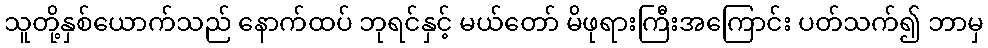
သူတို့နှစ်ယောက်သည် နောက်ထပ် ဘုရင်နှင့် မယ်တော် မိဖုရားကြီးအကြောင်း ပတ်သက်၍ ဘာမှ